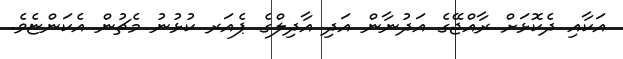
އަކާއި ދެކޮޅަށް ރާއްޖޭގެ އަދުނާން އަދި އާދިލްގެ ޕެއަރ ކުޅުނު މެޗުން އެކަންޏެވެ.